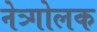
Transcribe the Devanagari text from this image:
नेत्र्गोलक